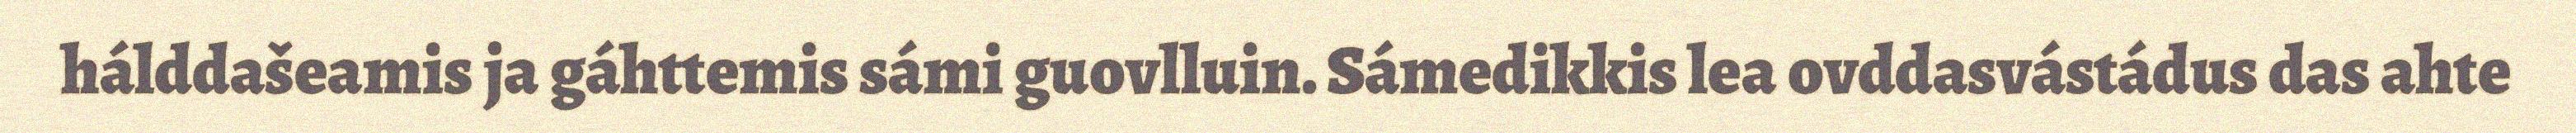
hálddašeamis ja gáhttemis sámi guovlluin. Sámedikkis lea ovddasvástádus das ahte